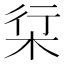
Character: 𱣒